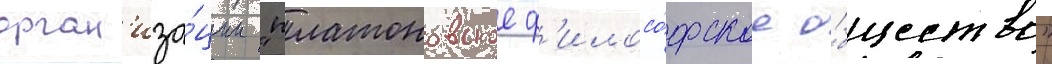
орган'иза́ции "платоновское ф'илосо́фское о́бщество"